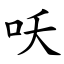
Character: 㕭